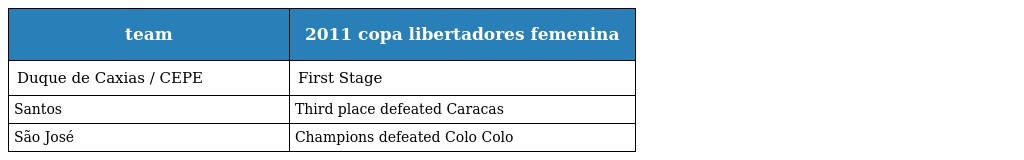
| team | 2011 copa libertadores femenina |
 | --- | --- |
 | Duque de Caxias / CEPE | First Stage |
 | Santos | Third place defeated Caracas |
 | São José | Champions defeated Colo Colo |